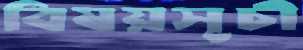
বিষয়সূচী